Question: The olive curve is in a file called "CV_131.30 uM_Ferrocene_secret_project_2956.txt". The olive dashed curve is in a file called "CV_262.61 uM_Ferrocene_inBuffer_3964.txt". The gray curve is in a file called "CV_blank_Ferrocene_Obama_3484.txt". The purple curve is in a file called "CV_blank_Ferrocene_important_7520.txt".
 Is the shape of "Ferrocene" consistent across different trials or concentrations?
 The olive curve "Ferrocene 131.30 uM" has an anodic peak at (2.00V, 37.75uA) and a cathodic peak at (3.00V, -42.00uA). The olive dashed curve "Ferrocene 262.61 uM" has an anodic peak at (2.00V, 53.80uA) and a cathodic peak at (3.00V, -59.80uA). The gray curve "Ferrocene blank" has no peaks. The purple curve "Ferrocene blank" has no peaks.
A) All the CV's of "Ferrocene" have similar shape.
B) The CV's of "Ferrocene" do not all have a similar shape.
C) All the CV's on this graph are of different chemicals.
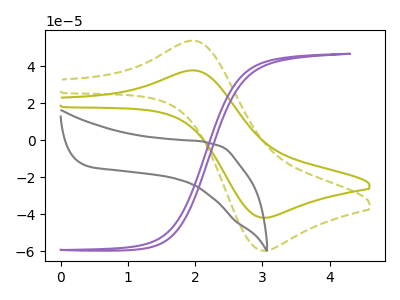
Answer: <think>All the peaks in "Ferrocene 131.30 uM" have a peak in "Ferrocene 262.61 uM" at the same potential. Every peak in "Ferrocene 131.30 uM" is lower than every peak in "Ferrocene 262.61 uM". "Ferrocene 131.30 uM" and "Ferrocene blank" have a different number of peaks. "Ferrocene 131.30 uM" and "Ferrocene blank" have a different number of peaks. "Ferrocene 262.61 uM" and "Ferrocene blank" have a different number of peaks. "Ferrocene 262.61 uM" and "Ferrocene blank" have a different number of peaks. Neither "Ferrocene blank" or "Ferrocene blank" have any peaks.
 </think>
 <answer>A) All the CV's of "Ferrocene" have similar shape.</answer>
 <eval>A</eval>